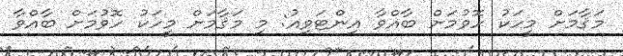
މަޤާމަށް މީހަކު ހޮވުމަށް ބާއްވާ އިންޓަވިއު: މި މަޤާމަށް މީހަކު ހޮވުމަށް ބާއްވާ